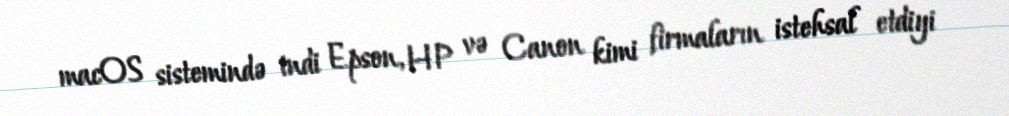
macOS sistemində indi Epson, HP və Canon kimi firmaların istehsal etdiyi